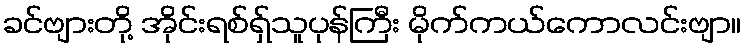
ခင်ဗျားတို့ အိုင်းရစ်ရှ်သူပုန်ကြီး မိုက်ကယ်ကောလင်းဗျာ။